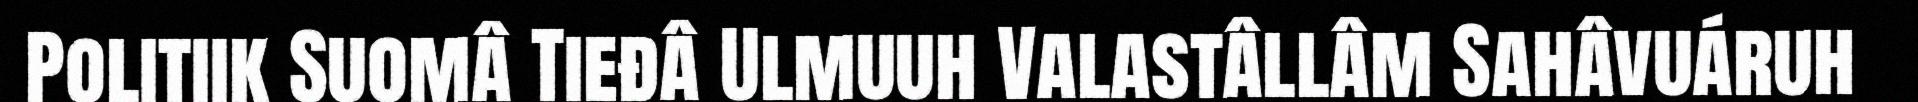
Politiik Suomâ Tieđâ Ulmuuh Valastâllâm Sahâvuáruh